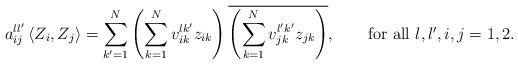
LaTeX: \begin{align*}a_{ij}^{ll'}\left<Z_{i}, Z_{j}\right>=\displaystyle\sum_{k'=1 }^{N}\left(\displaystyle\sum_{k=1 }^{N}v^{lk' }_{ik}z_{ik}\right)\overline{\left(\displaystyle\sum_{k=1 }^{N}v^{l'k' }_{jk}z_{jk}\right)}, \quad\quad \mbox{for all $l,l',i,j=1,2$.} \end{align*}